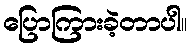
ပြောကြားခဲ့တာပါ။